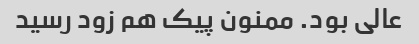
عالی بود. ممنون پیک هم زود رسید